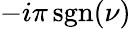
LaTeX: -i\pi\operatorname{sgn}(\nu)